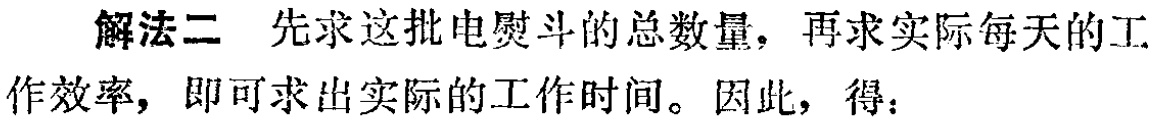
解法二 先求这批电熨斗的总数量，再求实际每天的工作效率，即可求出实际的工作时间。因此，得：